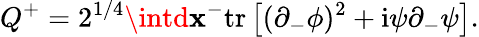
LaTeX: Q^{+}=2^{1/4}\intd\mathbf{x}^{-}\mathrm{{tr}}\left[(\partial_{-}\phi)^{2}+\mathrm{{i}}\psi\partial_{-}\psi\right].